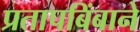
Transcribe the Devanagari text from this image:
प्रतापबिंबाने